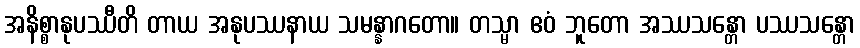
အနိစ္စာနုပဿီတိ တာယ အနုပဿနာယ သမန္နာဂတော။ တသ္မာ ဧဝံ ဘူတော အဿသန္တော ပဿသန္တော